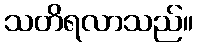
သတိရလာသည်။